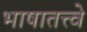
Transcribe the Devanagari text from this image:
भाषातत्त्वे